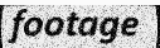
footage